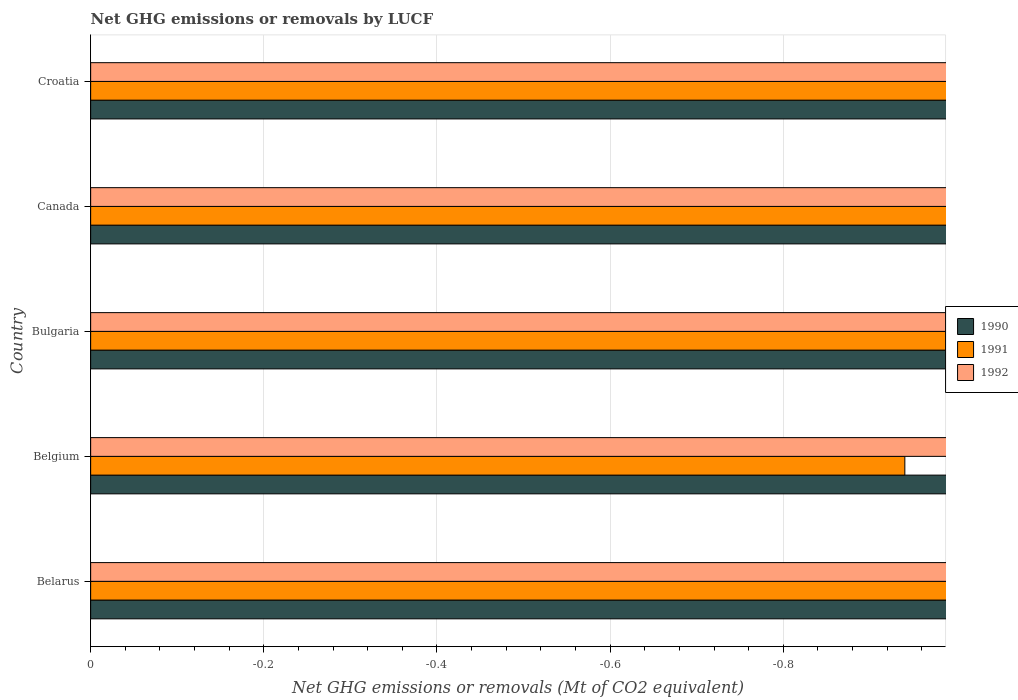
| Country | 1990 | 1991 | 1992 |
 | --- | --- | --- | --- |
 | Belarus | -28.6 | -30.6 | -28.8 |
 | Belgium | -1.56 | -0.94 | -1.25 |
 | Bulgaria | -13.8 | -13.7 | -13.3 |
 | Canada | -67.5 | -41.2 | -89.6 |
 | Croatia | -6.93 | -6.83 | -6.83 |